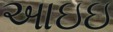
આઇઇ